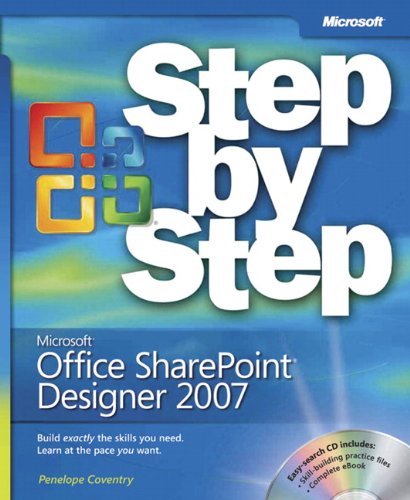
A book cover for MicrosoftÂ® Office SharePointÂ® Designer 2007 Step by Step; Penelope Coventry; Computers & Technology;